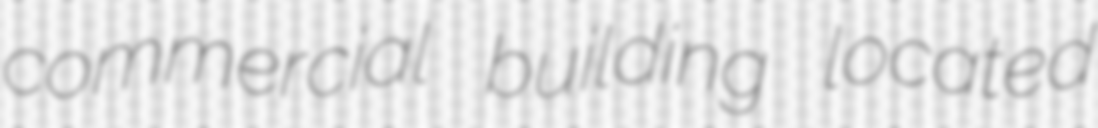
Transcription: commercial building located